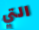
التي